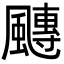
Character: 𩘯